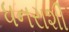
ધનરાશી